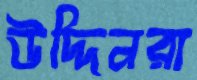
উদ্দিনরা